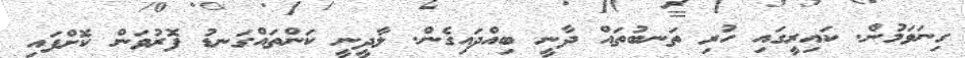
ގިނަވަމުން. ކައިރީގައި ހުރި ތަނބުތައް ދާނީ ބިއްދައިގެން. ލާދީނީ ކަންތައްގަނޑު ފޮރުވަން ކޮށްފައި